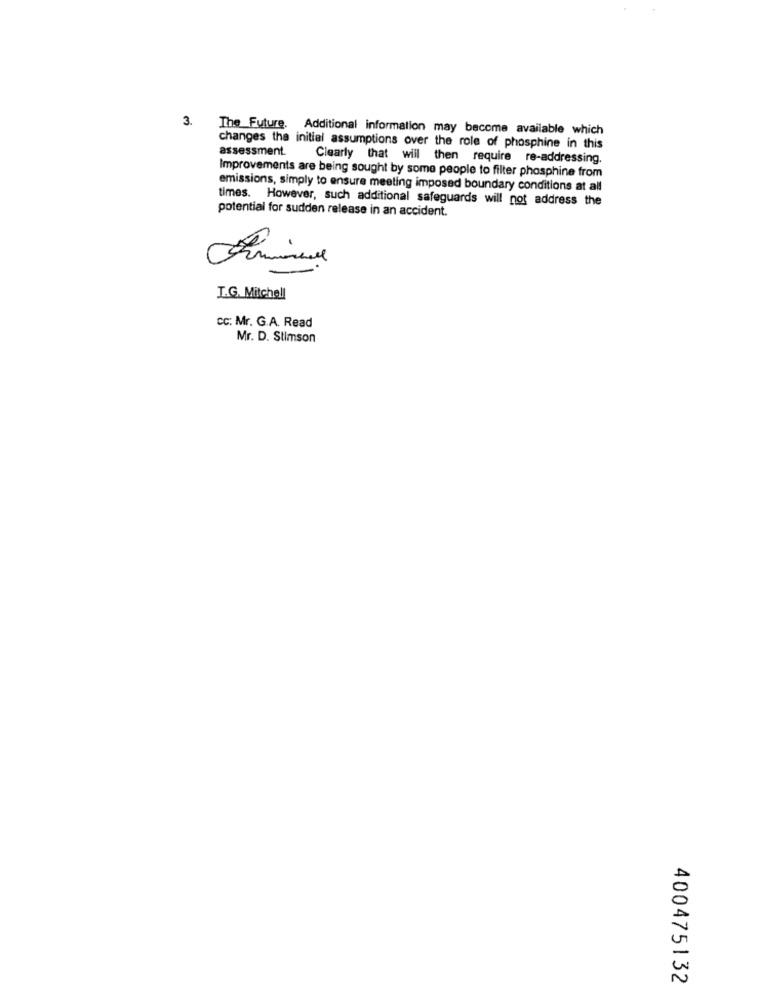
3.
The Future. Additional information may become available which
assessment.
changes the initial assumptions over the role of phosphine in this
Clearly that will then require re-addressing.
Improvements are being sought by some people to filter phosphine from
emissions, simply to ensure meeting imposed boundary conditions at all
times. However, such additional safeguards will not address the
potential for sudden release in an accident.
T.G. Mitchell
cc: Mr. G.A. Read
Mr. D. Stimson
400475132